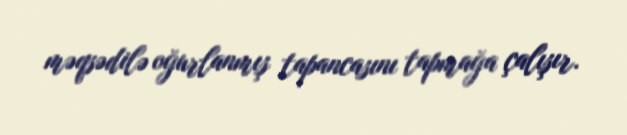
məqsədilə oğurlanmış tapancasını tapmağa çalışır.